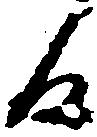
日